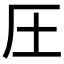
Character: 圧